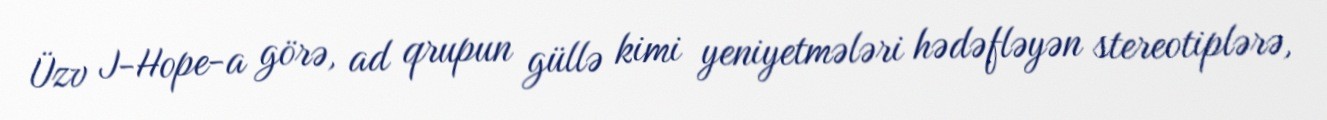
Üzv J-Hope-a görə, ad qrupun güllə kimi yeniyetmələri hədəfləyən stereotiplərə,